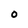
Character: O